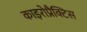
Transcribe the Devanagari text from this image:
काइरोप्रैक्टिस